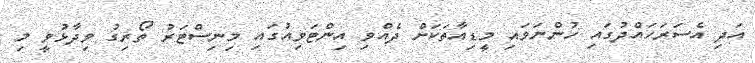
އަދި އެސަރަހައްދުގައި ހުންނަވައި މީޑިއާތަކަށް ދެއްވި އިންޓަވިއުގައި މިނިސްޓަރު ތޯރިގު ވިދާޅުވީ މި